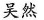
吴然